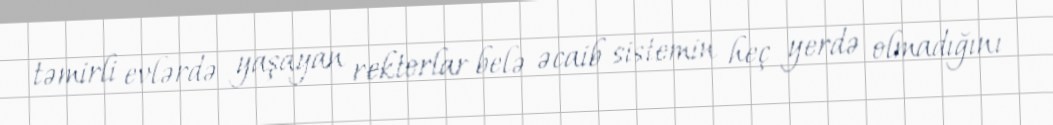
təmirli evlərdə yaşayan rektorlar belə əcaib sistemin heç yerdə olmadığını